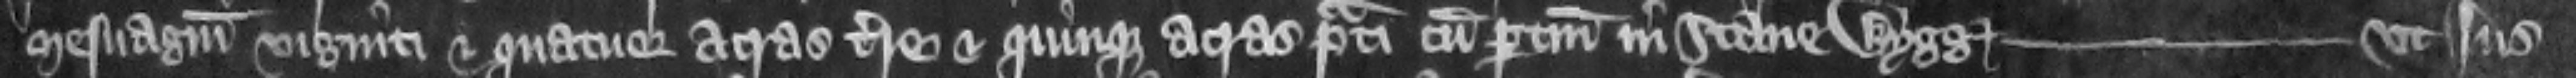
mesuagium viginti et quatuor acras terre et quinque acras prati cum pertinencis in Stane Wygg---vtius